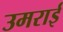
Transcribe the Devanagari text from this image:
उमराई